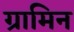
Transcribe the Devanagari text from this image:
ग्रामिन